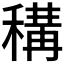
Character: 𥠾